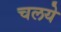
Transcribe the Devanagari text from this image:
चलये